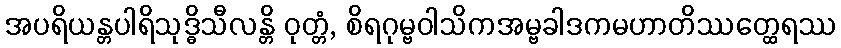
အပရိယန္တပါရိသုဒ္ဓိသီလန္တိ ဝုတ္တံ, စိရဂုမ္ဗဝါသိကအမ္ဗခါဒကမဟာတိဿတ္ထေရဿ